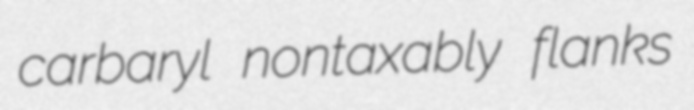
carbaryl nontaxably flanks